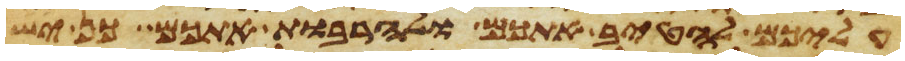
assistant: עליכם להטיב אתכם ולהרבות אתכם כן ישש